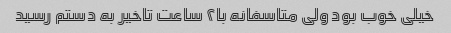
خیلی خوب بود ولی متاسفانه با۲ ساعت تاخیر به دستم رسید